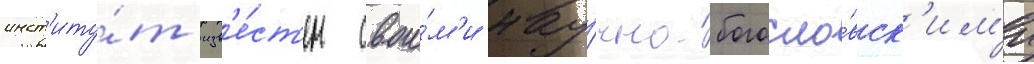
инст'иту́т изв'е́ст'ен свои́м'и нау́чно-богосло́вск'им'и